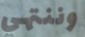
وننتهي